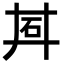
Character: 𬑽